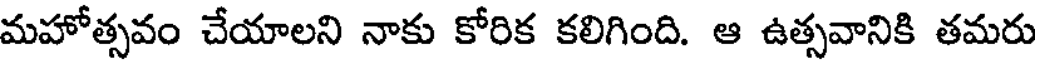
మహోత్సవం చేయాలని నాకు కోరిక కలిగింది. ఆ ఉత్సవానికి తమరు